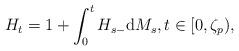
LaTeX: \begin{align*}H_{t}=1+\int_{0}^{t}H_{s-}{\rm d}M_{s}, t\in [0,\zeta_{p}),\end{align*}